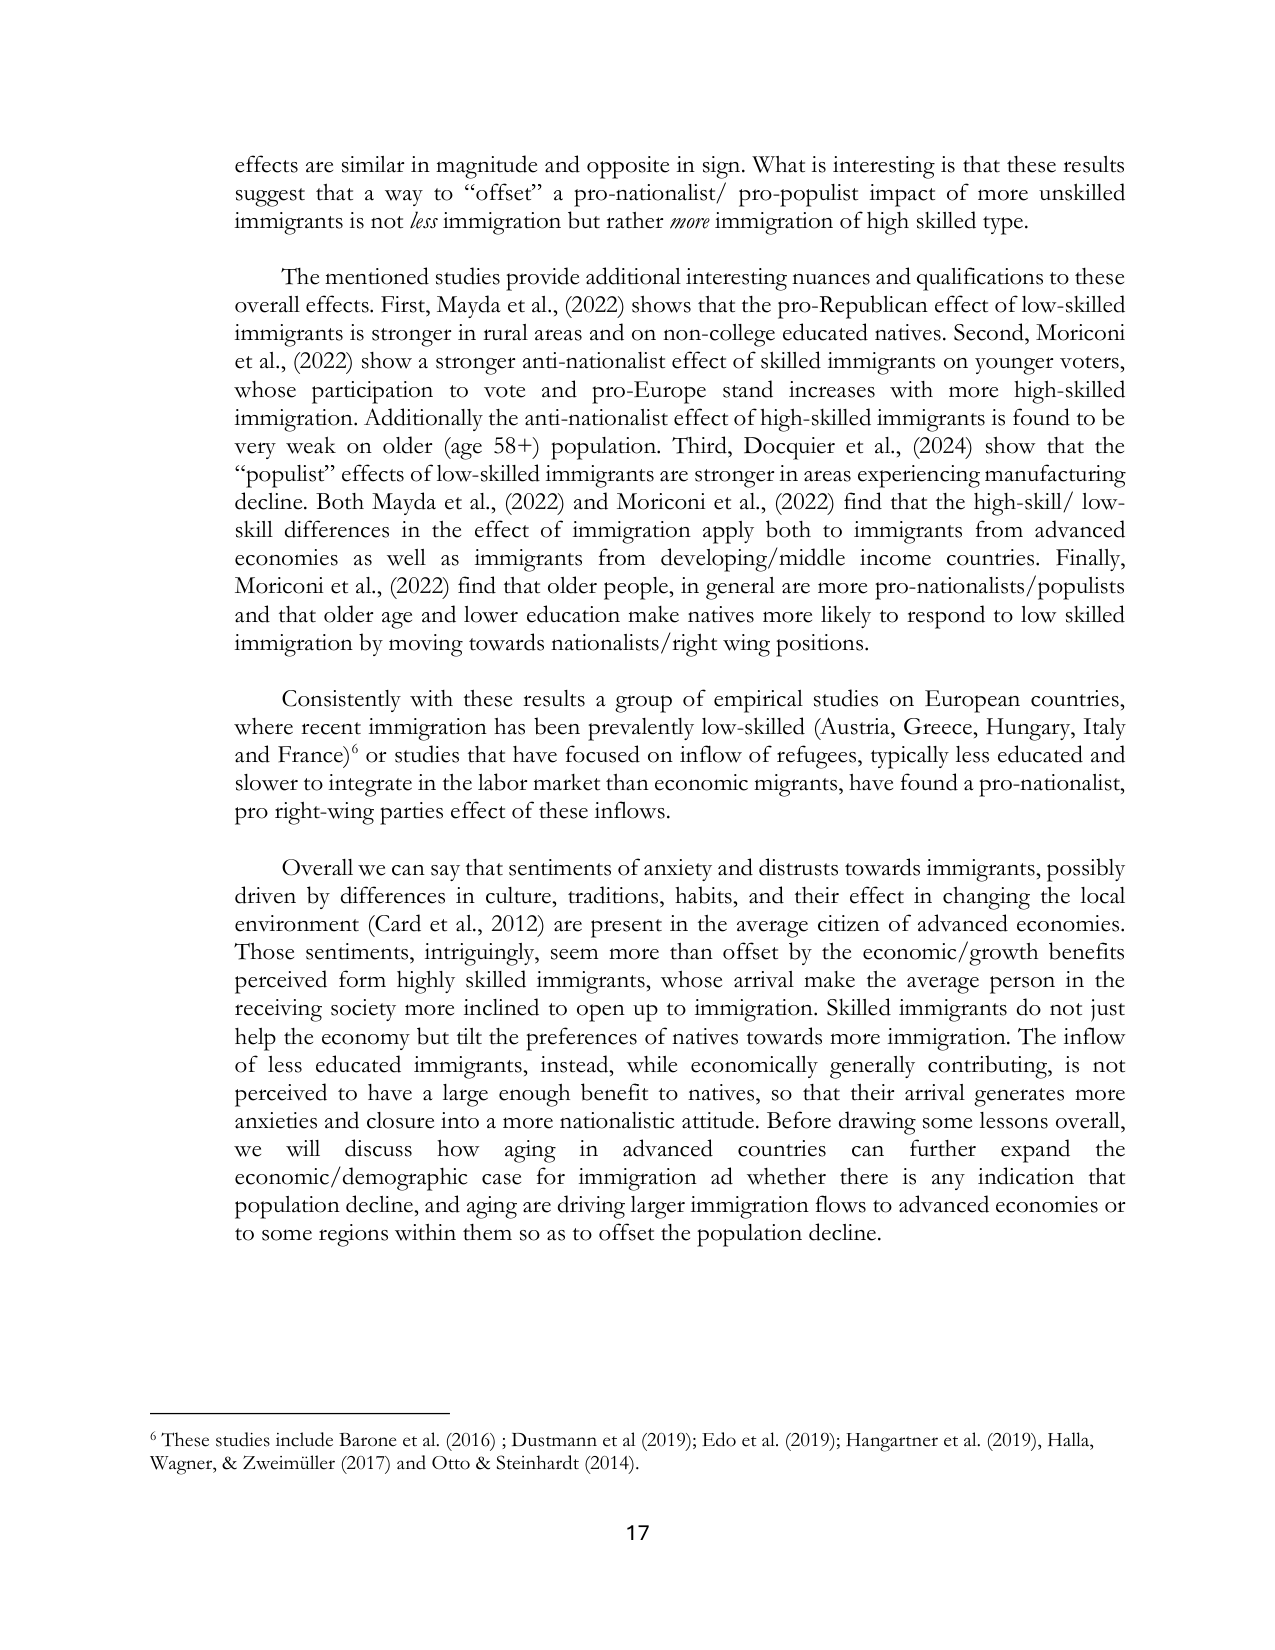
effects are similar in magnitude and opposite in sign. What is interesting is that these results suggest that a way to “offset” a pro-nationalist/ pro-populist impact of more unskilled immigrants is not less immigration but rather more immigration of high skilled type.

The mentioned studies provide additional interesting nuances and qualifications to these overall effects. First, Mayda et al., (2022) shows that the pro-Republican effect of low-skilled immigrants is stronger in rural areas and on non-college educated natives. Second, Moriconi et al., (2022) show a stronger anti-nationalist effect of skilled immigrants on younger voters, whose participation to vote and pro-Europe stand increases with more high-skilled immigration. Additionally the anti-nationalist effect of high-skilled immigrants is found to be very weak on older (age 58+) population. Third, Docquier et al., (2024) show that the “populist” effects of low-skilled immigrants are stronger in areas experiencing manufacturing decline. Both Mayda et al., (2022) and Moriconi et al., (2022) find that the high-skill/ low-skill differences in the effect of immigration apply both to immigrants from advanced economies as well as immigrants from developing/middle income countries. Finally, Moriconi et al., (2022) find that older people, in general are more pro-nationalists/populists and that older age and lower education make natives more likely to respond to low skilled immigration by moving towards nationalists/right wing positions.

Consistently with these results a group of empirical studies on European countries, where recent immigration has been prevalently low-skilled (Austria, Greece, Hungary, Italy and France)⁶ or studies that have focused on inflow of refugees, typically less educated and slower to integrate in the labor market than economic migrants, have found a pro-nationalist, pro right-wing parties effect of these inflows.

Overall we can say that sentiments of anxiety and distrusts towards immigrants, possibly driven by differences in culture, traditions, habits, and their effect in changing the local environment (Card et al., 2012) are present in the average citizen of advanced economies. These sentiments, intriguingly, seem more than offset by the economic/growth benefits perceived from highly skilled immigrants, whose arrival make the average person in the receiving society more inclined to open up to immigration. Skilled immigrants do not just help the economy but tilt the preferences of natives towards more immigration. The inflow of less educated immigrants, instead, while economically generally contributing, is not perceived to have a large enough benefit to natives, so that their arrival generates more anxieties and closure into a more nationalistic attitude. Before drawing some lessons overall, we will discuss how aging in advanced countries can further expand the economic/demographic case for immigration ad whether there is any indication that population decline, and aging are driving larger immigration flows to advanced economies or to some regions within them so as to offset the population decline.

⁶ These studies include Barone et al. (2016); Dustmann et al (2019); Edo et al. (2019); Hangartner et al. (2019), Halla, Wagner, & Zweimüller (2017) and Otto & Steinhardt (2014).

17